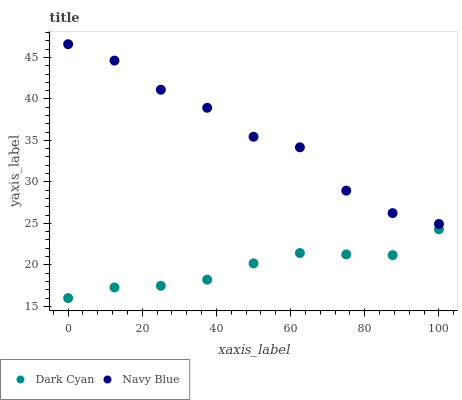
| xaxis_label | Dark Cyan | Navy Blue |
 | --- | --- | --- |
 | 0 | 16 | 46.6 |
 | 12.5 | 17.3 | 44.6 |
 | 25 | 17.5 | 41.1 |
 | 37.5 | 18.2 | 38.9 |
 | 50 | 20.2 | 35.4 |
 | 62.5 | 21.4 | 34.2 |
 | 75 | 21.3 | 28.9 |
 | 87.5 | 21.2 | 26.2 |
 | 100 | 24.3 | 24.9 |